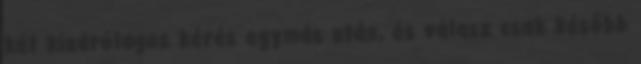
két kizárólagos kérés egymás után, és válasz csak később